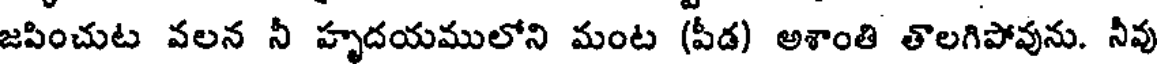
జపించుట వలన నీ హృదయములోని మంట (పీడ) అశాంతి తాలగిపోవును. నీవు